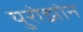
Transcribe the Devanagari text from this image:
युरोझोन